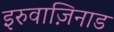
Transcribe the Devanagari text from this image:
इरुवाज़िनाड